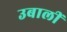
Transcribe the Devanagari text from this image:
उबालीं